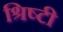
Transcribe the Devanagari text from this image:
श्रिष्टी